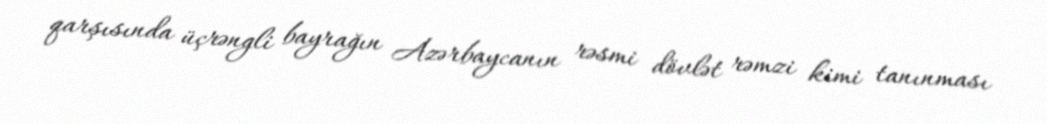
qarşısında üçrəngli bayrağın Azərbaycanın rəsmi dövlət rəmzi kimi tanınması